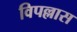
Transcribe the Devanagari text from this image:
विपल्लास